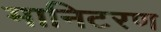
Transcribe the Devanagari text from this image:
मानिटरण